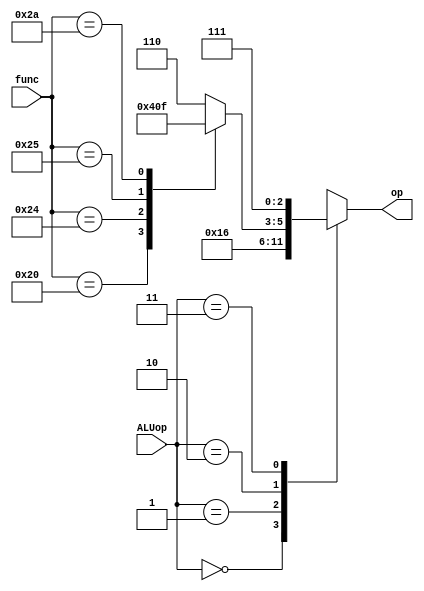
`define Add 6'b100000
`define Sub 6'b100010
`define And 6'b100100
`define Or 6'b100101
`define Slt 6'b101010
`timescale 1ns/1ns
module ALU_CU(ALUop,func,op);
    input [1:0]ALUop;
    input [5:0]func;
    output reg [2:0]op;
    always @(ALUop,func) begin
        op=3'b000;
        case (ALUop)
            2'b00: op=3'b010;//add
            2'b01: op=3'b110;//sub
            2'b10: begin
                op=3'b000;
                case (func)
                    `Add: op=3'b010;
                    `Sub: op=3'b110;
                    `And: op=3'b000;
                    `Or:  op=3'b001;
                    `Slt: op=3'b111;
                    default: op=3'b110;
                endcase
            end
            2'b11: op=3'b111;//Slt
            default: op=3'b110;
        endcase
        
    end

endmodule